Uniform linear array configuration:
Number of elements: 24
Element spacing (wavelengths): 0.25
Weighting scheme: hamming
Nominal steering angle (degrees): -60
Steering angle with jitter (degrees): -59.756
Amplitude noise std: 0.05
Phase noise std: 0.05

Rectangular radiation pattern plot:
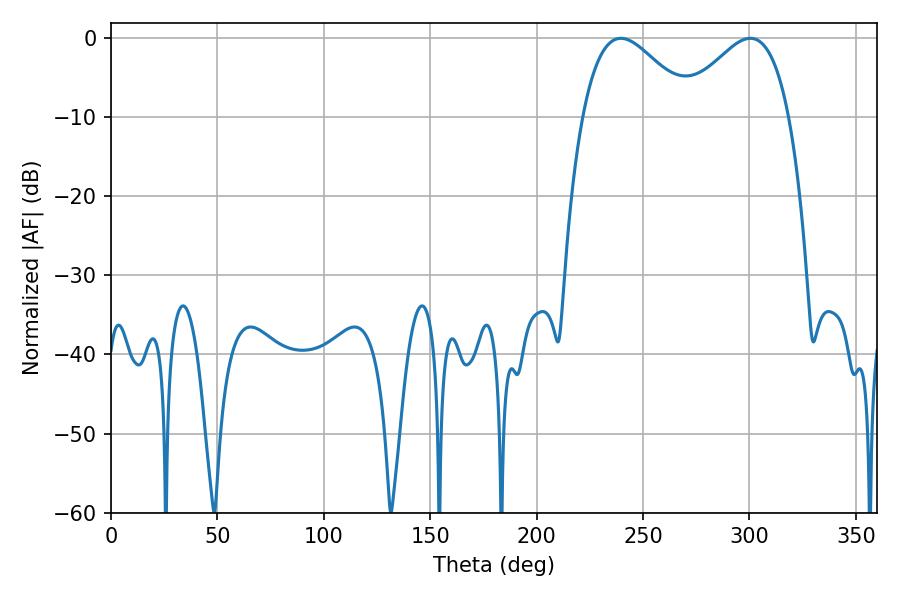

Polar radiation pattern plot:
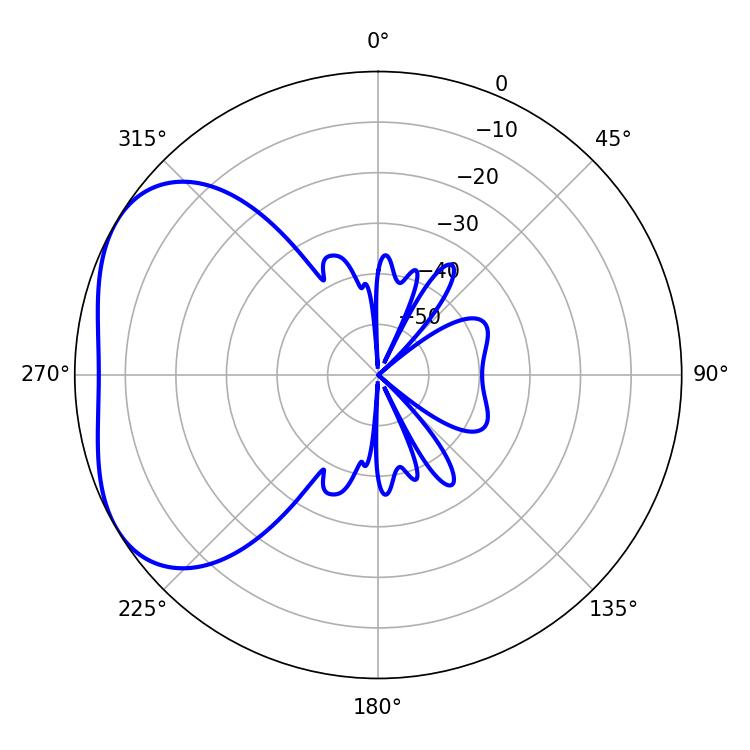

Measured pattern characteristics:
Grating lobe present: FALSE
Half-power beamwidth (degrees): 27.72
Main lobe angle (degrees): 239.58